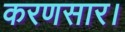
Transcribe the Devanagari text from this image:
करणसार।